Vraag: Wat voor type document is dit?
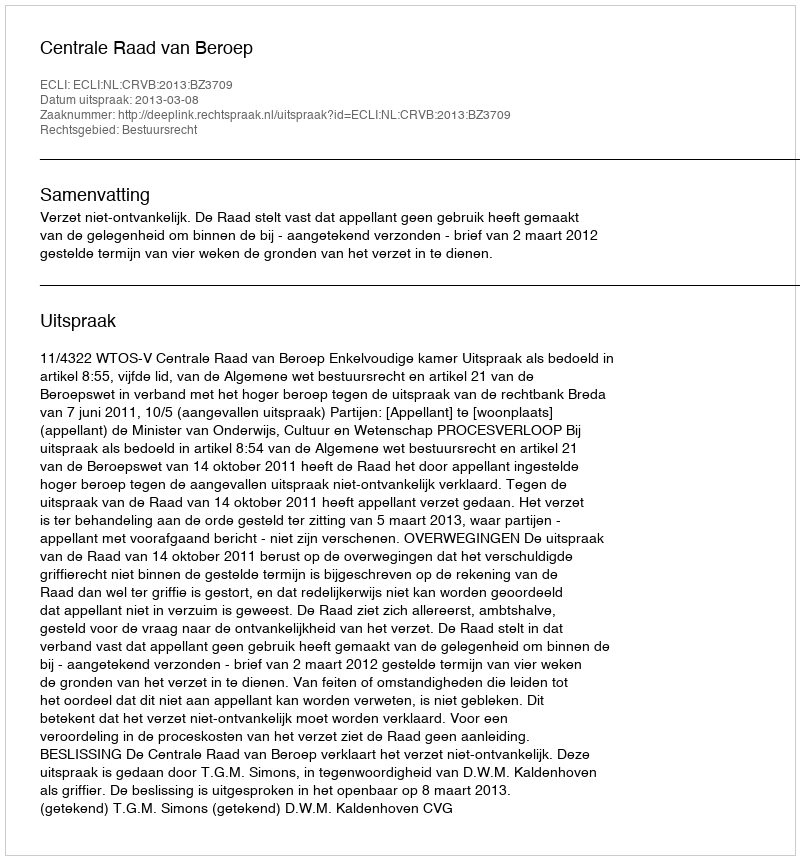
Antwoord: Uitspraak